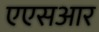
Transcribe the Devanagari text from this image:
एएसआर